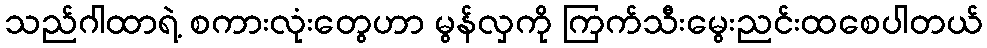
သည်ဂါထာရဲ့ စကားလုံးတွေဟာ မွန်လှကို ကြက်သီးမွေးညင်းထစေပါတယ်